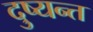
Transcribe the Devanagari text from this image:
दु्ष्यन्त